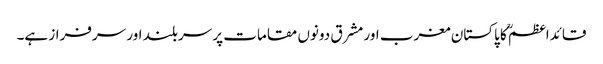
قائداعظمؒ کا پاکستان مغرب اور مشرق دونوں مقامات پر سربلند اور سرفراز ہے۔